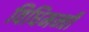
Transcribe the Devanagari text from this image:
विधिमन्त्री